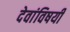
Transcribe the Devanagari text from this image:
देवांविषयी